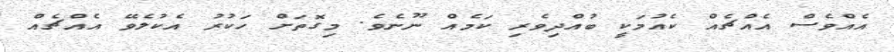
އެއްވެސް އެއްޗެއް ކެއުމަކީ ބުއްދިވެރި ކަމެއް ނޫނެވެ. މިގޮތަށް ހަކުރު އެކުލެވޭ އެއްޗެއް